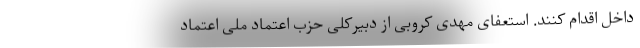
داخل اقدام کنند. استعفای مهدی کروبی از دبیرکلی حزب اعتماد ملی اعتماد